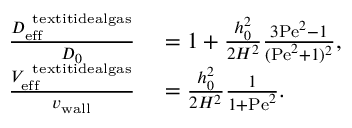
\begin{array} { r l } { \frac { D _ { \mathrm { e f f } } ^ { \mathrm { \ t e x t i t { i d e a l g a s } } } } { D _ { 0 } } } & { { } = 1 + \frac { h _ { 0 } ^ { 2 } } { 2 H ^ { 2 } } \frac { 3 \mathrm { P e } ^ { 2 } - 1 } { ( \mathrm { P e } ^ { 2 } + 1 ) ^ { 2 } } , } \\ { \frac { V _ { \mathrm { e f f } } ^ { \mathrm { \ t e x t i t { i d e a l g a s } } } } { v _ { \mathrm { w a l l } } } } & { { } = \frac { h _ { 0 } ^ { 2 } } { 2 H ^ { 2 } } \frac { 1 } { 1 + \mathrm { P e } ^ { 2 } } . } \end{array}